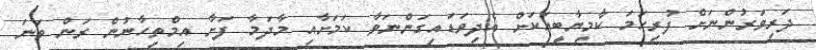
ދަރިވަރުންނަށް ފުރިހަމަ ކާމިޔާބީއަކަށް އެދިވަޑައިގަންނަވާ ކަމަށާއި މާދަމާ ފަށާ އިމްތިހާނުން ރަން ވަނަ